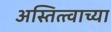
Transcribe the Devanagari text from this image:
अस्तित्त्वाच्या